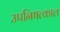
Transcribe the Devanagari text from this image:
उपनिषत्काल